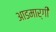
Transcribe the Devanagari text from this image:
आडमार्गीं